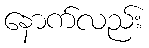
နောက်လည်း